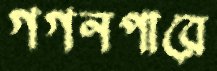
গগনপারে